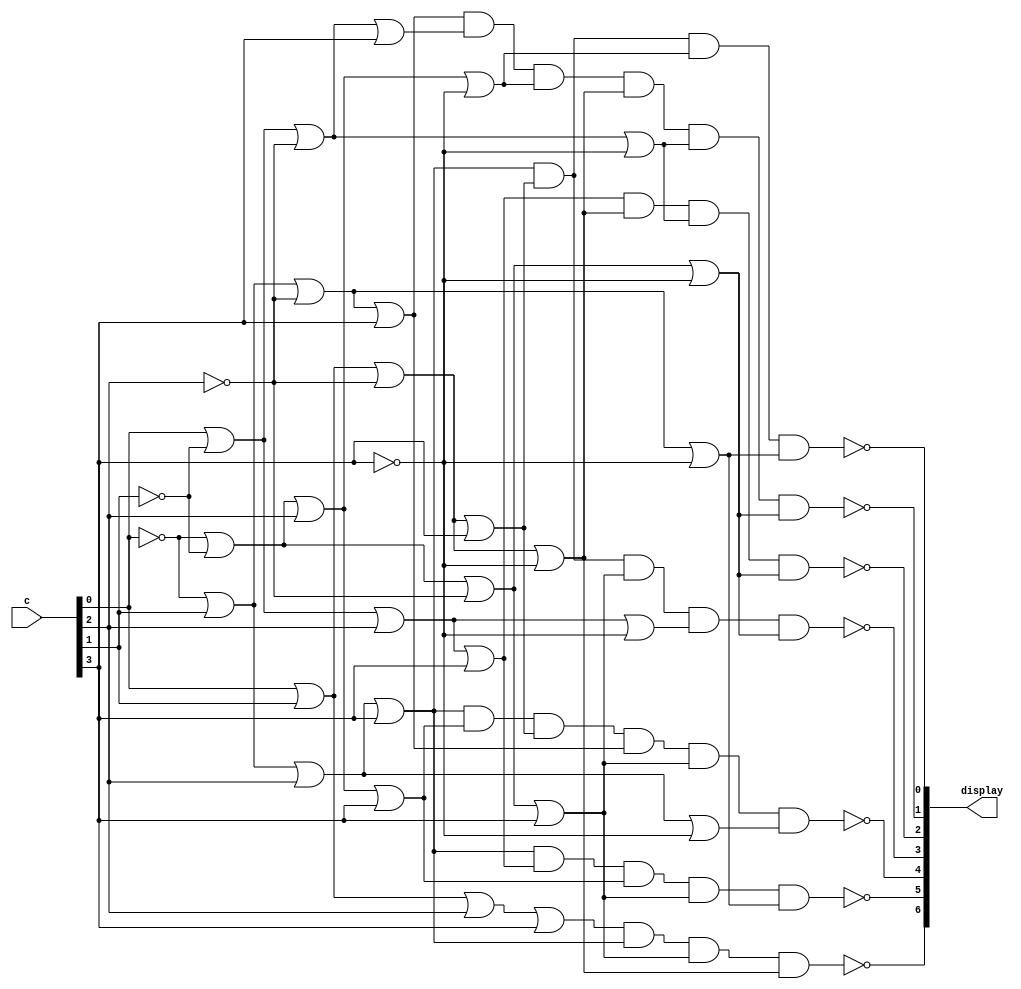
module hex_decoder(c,display);
    input [3:0] c;
    output [6:0]display;
    wire m0,m1,m2,m3,m4,m5,m6,m7,m8,m9,m10,m11,m12,m13,m14,m15;
    assign m0 = c[0]|c[1]|c[2]|c[3];
    assign m1 = ~c[0]|c[1]|c[2]|c[3];
    assign m2 = c[0]|~c[1]|c[2]|c[3];
    assign m3 = ~c[0]|~c[1]|c[2]|c[3];
    assign m4 = c[0]|c[1]|~c[2]|c[3];
    assign m5 = ~c[0]|c[1]|~c[2]|c[3];
    assign m6 = c[0]|~c[1]|~c[2]|c[3];
    assign m7 = ~c[0]|~c[1]|~c[2]|c[3];
    assign m8 = c[0]|c[1]|c[2]|~c[3];
    assign m9 = ~c[0]|c[1]|c[2]|~c[3];
    assign m10 = c[0]|~c[1]|c[2]|~c[3];
    assign m11 = ~c[0]|~c[1]|c[2]|~c[3];
    assign m12 = c[0]|c[1]|~c[2]|~c[3];
    assign m13 = ~c[0]|c[1]|~c[2]|~c[3];
    assign m14 = c[0]|~c[1]|~c[2]|~c[3];
    assign m15 = ~c[0]|~c[1]|~c[2]|~c[3];
    assign display[0] = ~(m1 & m4 & m11 & m13);
    assign display[1] = ~(m5 & m6 & m11 & m12 & m14 & m15);
    assign display[2] = ~(m2 & m12 & m14 & m15);
    assign display[3] = ~(m1 & m4 & m7 & m10 & m15);
    assign display[4] = ~(m1 & m3 & m4 & m5 & m7 & m9);
    assign display[5] = ~(m1 & m2 & m3 & m7 & m13);
    assign display[6] = ~(m0 & m1 & m7 & m12);
endmodule